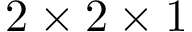
2 \times 2 \times 1